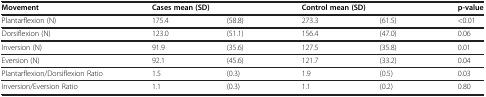
| Movement | <COLSPAN=2> Cases mean (SD) | <COLSPAN=2> Control mean (SD) | p-value |
 | --- | --- | --- | --- | --- | --- |
 | Plantarflexion (N) | 175.4 | (58.8) | 273.3 | (61.5) | <0.01 |
 | Dorsiflexion (N) | 123.0 | (51.1) | 156.4 | (47.0) | 0.06 |
 | Inversion (N) | 91.9 | (35.6) | 127.5 | (35.8) | 0.01 |
 | Eversion (N) | 92.1 | (45.6) | 121.7 | (33.2) | 0.04 |
 | Plantarflexion/Dorsiflexion Ratio | 1.5 | (0.3) | 1.9 | (0.5) | 0.03 |
 | Inversion/Eversion Ratio | 1.1 | (0.3) | 1.1 | (0.2) | 0.80 |